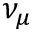
\nu _ { \mu }